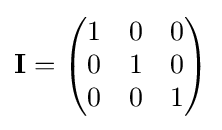
\mathbf {I} ={\begin{pmatrix}1&0&0\\0&1&0\\0&0&1\\\end{pmatrix}}